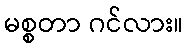
မစ္စတာ ဂင်လား။